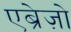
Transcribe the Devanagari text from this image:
एब्रेज़ो